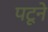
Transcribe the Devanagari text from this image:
पटूने